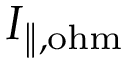
I _ { \mathrm { \| , o h m } }